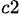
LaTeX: ^{c2}